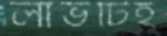
লাভটিই